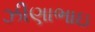
ઝીણાભાઇ